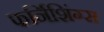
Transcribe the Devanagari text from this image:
फर्निशिंग्स